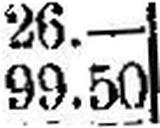
99.50